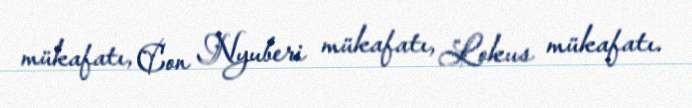
mükafatı, Con Nyuberi mükafatı, Lokus mükafatı.